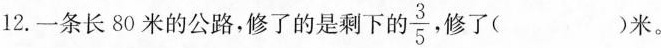
12. 一条长80米的公路，修了的是剩下的 \frac{3}{5}，修了（）米。